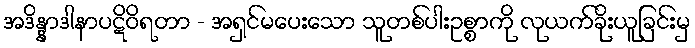
အဒိန္နာဒါနာပဋိဝိရတာ - အရှင်မပေးသော သူတစ်ပါးဥစ္စာကို လုယက်ခိုးယူခြင်းမှ